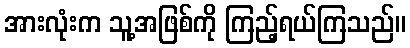
အားလုံးက သူ့အဖြစ်ကို ကြည့်ရယ်ကြသည်။